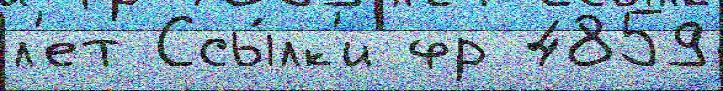
л'ет Ссы́лк'и фр 4859